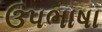
ઉપભાષા